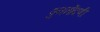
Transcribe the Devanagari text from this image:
पुनर्नोंदणी